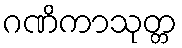
ဂဏိကာသုတ္တ